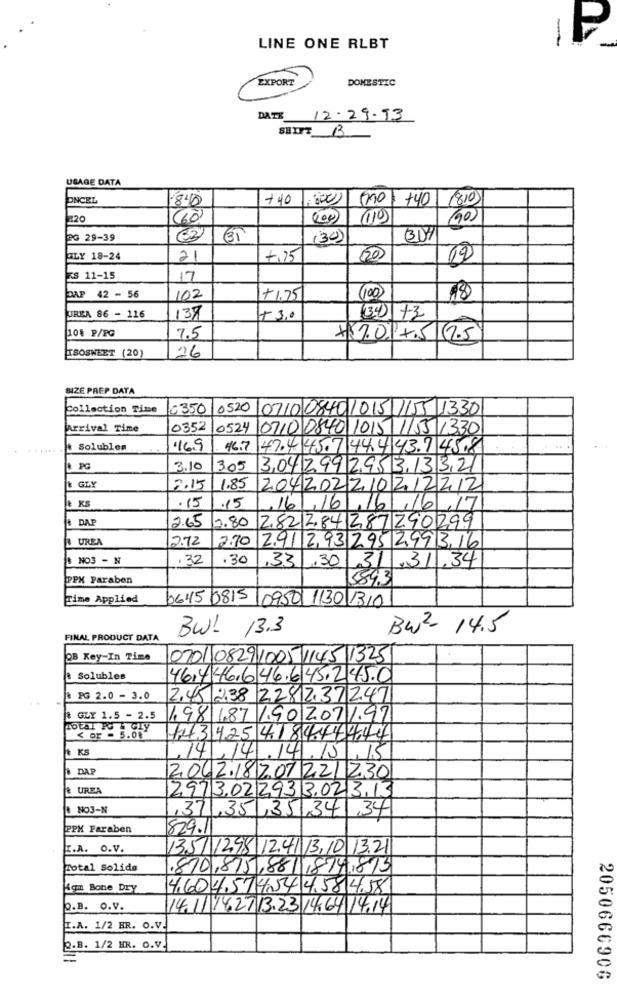
--
LINE ONE RLBT
EXPORT
DOMESTIC
DATE 12.29.13
SHIFT B
USAGE DATA
PNCEL
8.0
+40
(0) +40 1810)
220
660
110
1900
PG 29-39
62
31
(30)
BLY 18-24
21
+,15
(20)
19
IS 11-15
17
DAP 42 - 56
102
+1.75
(100)
18
UREA 86 - 116
137
+3,0
(34) +3
10% P/PG
7.5
+1.01+5 7.5
SOSWEET (20)
26
BIZE PREP DATA
Collection Time
0350/0520
0710 08401015 1155 1330
Arrival Time
0352
0524
0710 0840 1015 1/55 1330
& Solubles
16.9
46.7
47.445.7 44443.7458
PG
3.10
3.05
30429929531332
GLY
12.15
1.85
204202210212212
& KS
.15
.15
16.161.16 , 16/17
& D.A.P
2.65
1.80
2.8212.84 287 290299
UREA
2.72
2.70
291293295299316
NO3 - N
.32
.30
,33
.30
31
,31.34
PPX Paraben
584.31
Time Applied
0645 0815
0950 1130 1310
BW!
13.3
BW2 14.5
FINAL PRODUCT DATA
OB Key-In Time
0701 0829 1005 1145 1325
@ Solubles
46.446.646.645.245.0
PG 2.0 - 3.0
2.45 2.38 2281237247
& GLY 1.5 - 2.5
198 1.87 /90 207/97
< or - 5.08
+43425 418444444
KS
14.14.15 .15
DAP
2062.18707221230
& UREA
2973.022933.023,13
NO3-N
,371,35
,35 ,34 34
PPK Paraben
829.1
E.A. O.V.
135/ 1298 12.4113.10 13.21
Total Solida
,870,875,88/1,874,875
4gm Bone Dry
4,60 4,514,54 4584.58
Q.B. O.V.
14.1/14.2713.23 14.6414.14
I.A. 1/2 HR. O.V.
Q.B. 1/2 HR. O.V.
205066690G